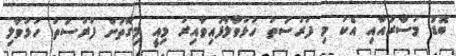
ބޮޑު މުސާރައާއި އެކު މި ފުރުސަތު ހުޅުވާލާފައިވާއިރު މިއީ މިގޮތަށް ފުރުސަތު ހުޅުވާލި